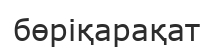
бөріқарақат